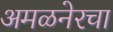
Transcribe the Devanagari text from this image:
अमळनेरचा